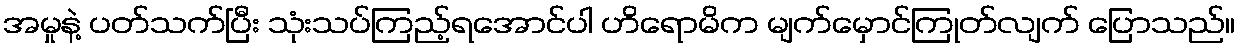
အမှုနဲ့ ပတ်သက်ပြီး သုံးသပ်ကြည့်ရအောင်ပါ ဟိရောမိက မျက်မှောင်ကြုတ်လျက် ပြောသည်။